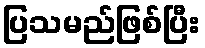
ပြသမည်ဖြစ်ပြီး